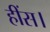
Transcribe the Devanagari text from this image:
हींस।